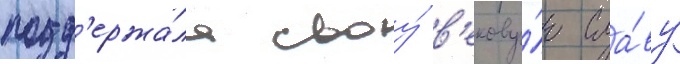
подд'ержа́ла своу́ в'екову́ю сла́ву